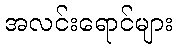
အလင်းရောင်များ